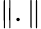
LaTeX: \| .\|